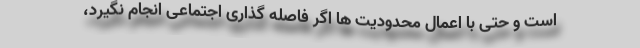
است و حتی با اعمال محدودیت ها اگر فاصله گذاری اجتماعی انجام نگیرد،